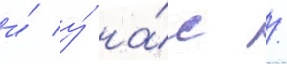
и́ у́ на́с /